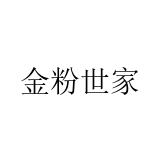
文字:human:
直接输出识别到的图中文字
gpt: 金粉世家